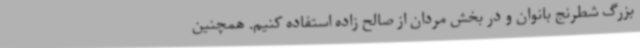
بزرگ شطرنج بانوان و در بخش مردان از صالح زاده استفاده کنیم. همچنین